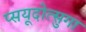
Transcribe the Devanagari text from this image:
प्सयूदोत्सुगा